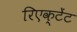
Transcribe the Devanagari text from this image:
रिएक्टेंट